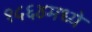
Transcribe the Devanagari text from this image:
१५६४मध्ये